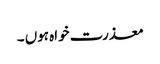
معذرت خواہ ہوں ۔